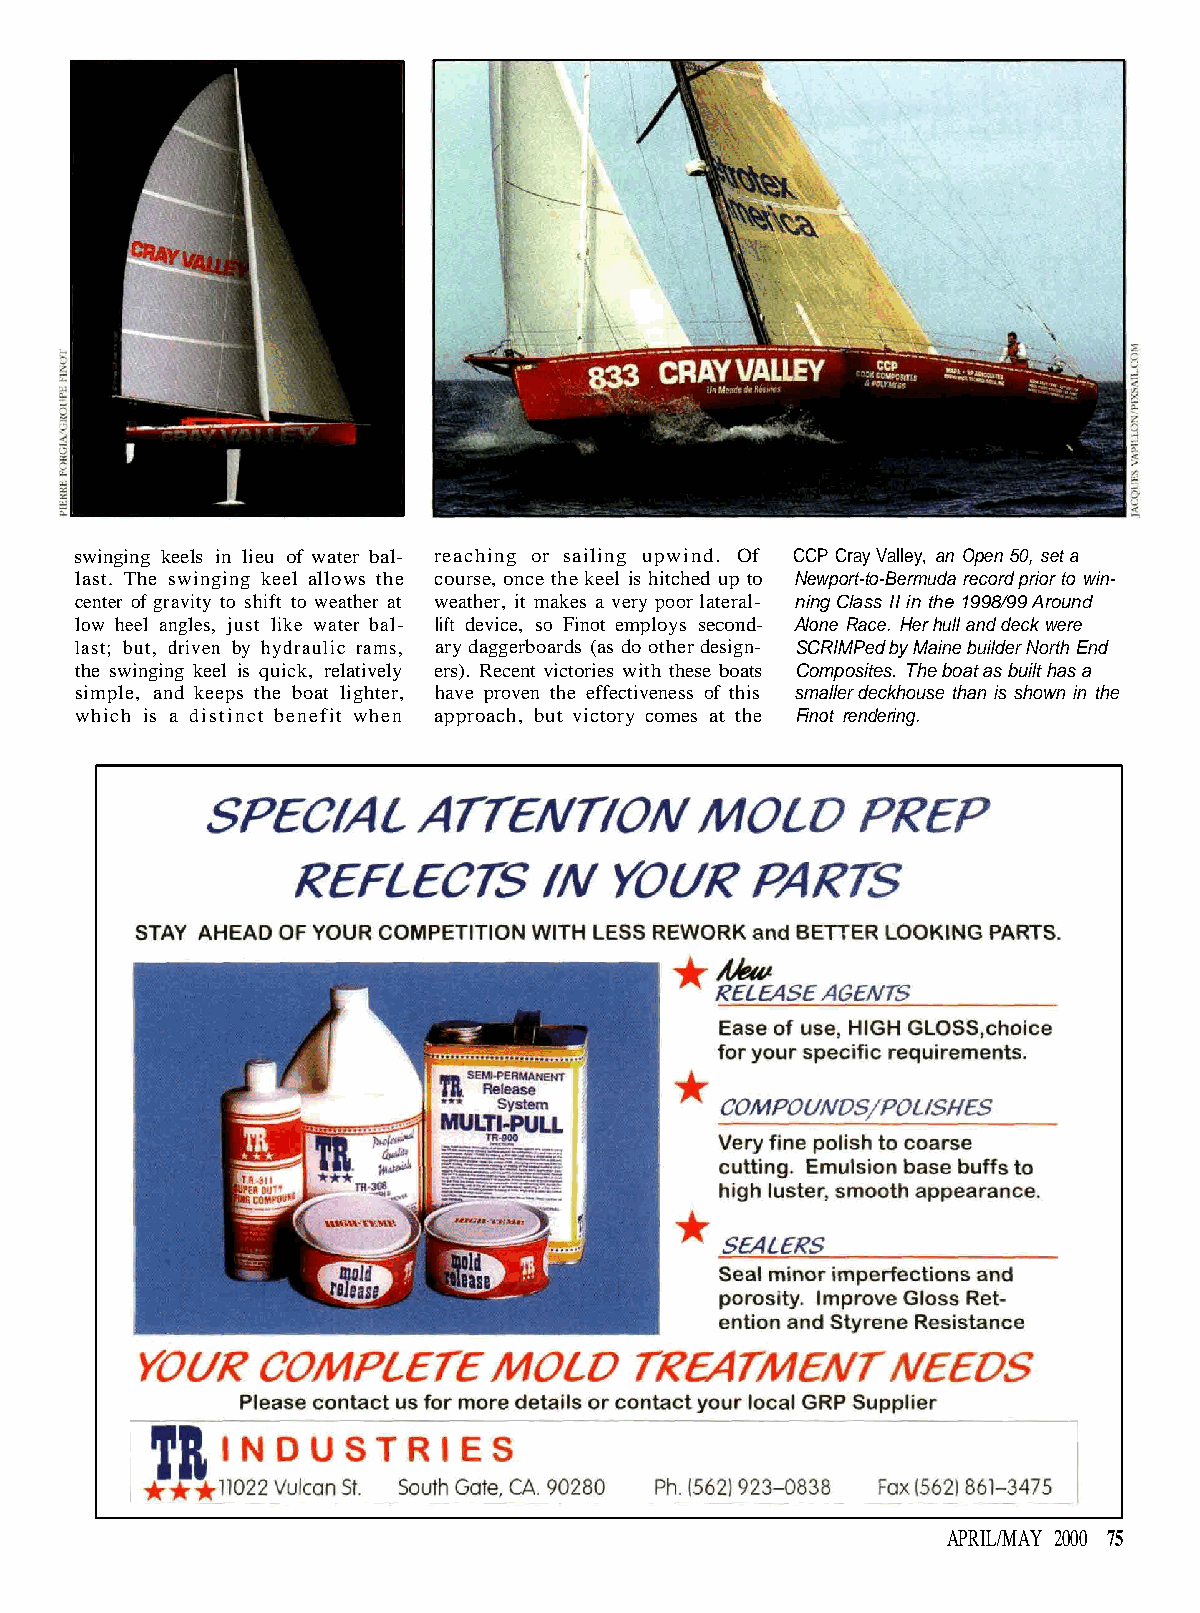
swinging keels in lieu of water bal- reaching or sailing upwind. Of CCP Cray Valley, an Open 50, set a
 last. The swinging keel allows the course, once the keel is hitched up to Newport-to-Bermuda record prior to win-
 center of gravity to shift to weather at weather, it makes a very poor lateral- ning Class II in the 1998/99 Around
 low heel angles, just like water bal- lift device, so Finot employs second- Alone Race. Her hull and deck were
 last; but, driven by hydraulic rams, ary daggerboards (as do other design- SCRIMPed by Maine builder North End
 the swinging keel is quick, relatively ers). Recent victories with these boats Composites. The boat as built has a
 simple, and keeps the boat lighter, have proven the effectiveness of this smaller deckhouse than is shown in the
 which is a distinct benefit when approach, but victory comes at the Finot rendering.
 APRIL/MAY 2000 75